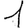
Digit: 1